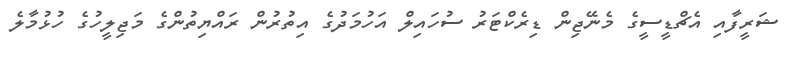
ޝަރީފާއި އެޗްޑީސީގެ މެނޭޖިން ޑިރެކްޓަރު ސުހައިލް އަހުމަދުގެ އިތުރުން ރައްޔިތުންގެ މަޖިލީހުގެ ހުޅުމާލެ